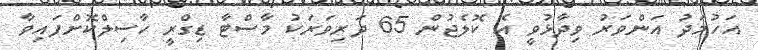
އަހުމަދު އަންވަރު ވިދާޅުވީ އެ ކޮލެޖުން 65 ދަރިވަރަކު މާސްޓާ ޑިގްރީ ހާސިލްކޮށްފައިވާ